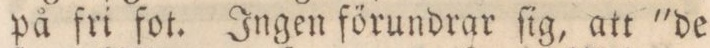
på fri fot. Ingen förundrar ſig, att 'de